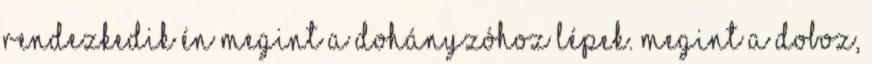
rendezkedik én megint a dohányzóhoz lépek. Megint a doboz,